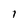
Character: 1